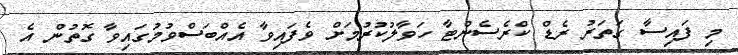
މި ފައިސާ ގަތަރު ރެޑް ކްރެސެންޓާ ހަވާލުކުރުމަށް ވެފައިވާ އެއްބަސްވުމުގައިވާ ގޮތުން އެ